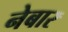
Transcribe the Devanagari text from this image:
नेबार